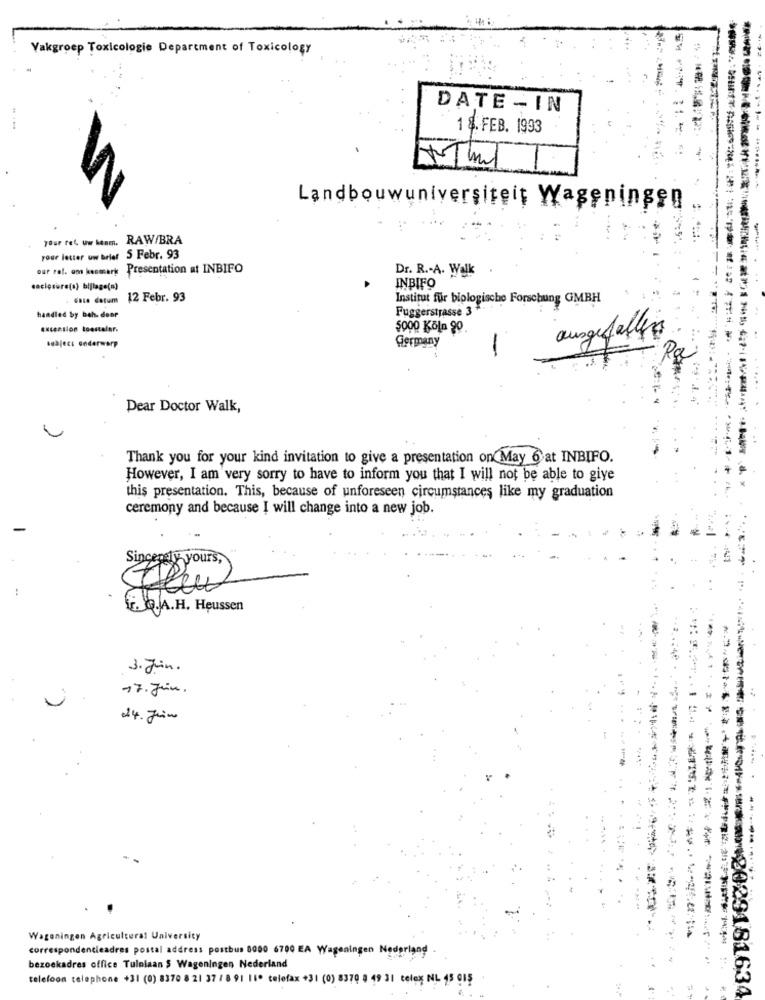
Vakgroep Toxicologie Department of Toxicology
DATE - IN
1 8. FEB. 1993
Landbouwuniversiteit Wageningen ..
your ref. uw beam.
RAW/BRA
your letter uw beler 5 Febr. 93
our ref. om kenmerk Presentation at INBIFO
Dr. R .- A. Walk
INBIFO
saclosure(a) bijlage(a)
Gate datum
12 Febr. 93
Institut für biologische Forschung GMBH
Fuggerstrasse 3
handled by bah. door
extension toostalar.
5000 Köln 90
subject onderwerp
Germany
ausgefallen
-
Dear Doctor Walk,
Thank you for your kind invitation to give a presentation on May 6 at INBIFO.
However, I am very sorry to have to inform you that I will not be able to give
this presentation. This, because of unforeseen circumstances like my graduation
ceremony and because I will change into a new job.
Sincerely yours,
Ileu
G. W.A.H. Heussen
3. Juin.
17. Jun.
24. Juin
Wageningen Agricultural University
correspondenceadres postal address postbus 8000 6700 EA Wageningen Nederland
bezoekadres office Tulnlaan $ Wageningen Nederland
telefoon telephone +31 (0) 8370 8 21 37 / 8 91 110 telefax +31 (0) 8370 8 49 31 telex NL 15 015
$2029181634